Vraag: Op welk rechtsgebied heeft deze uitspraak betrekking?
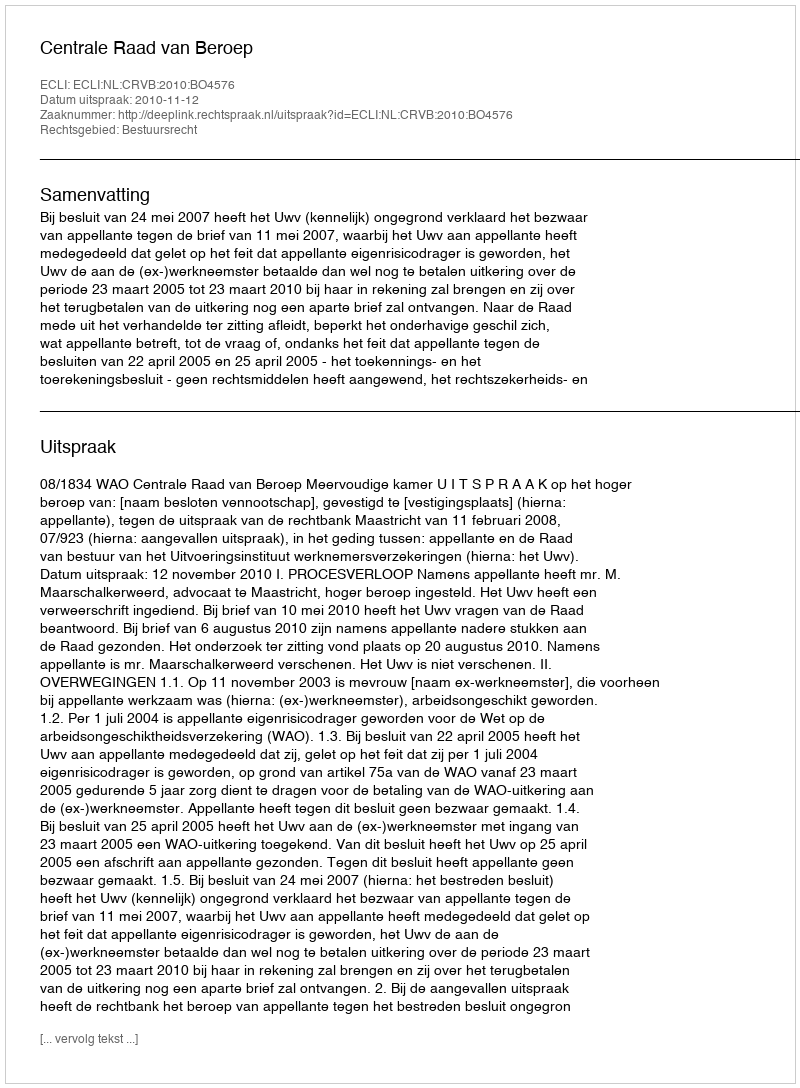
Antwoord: Bestuursrecht